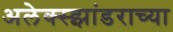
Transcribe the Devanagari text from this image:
अलेक्स्झांडराच्या